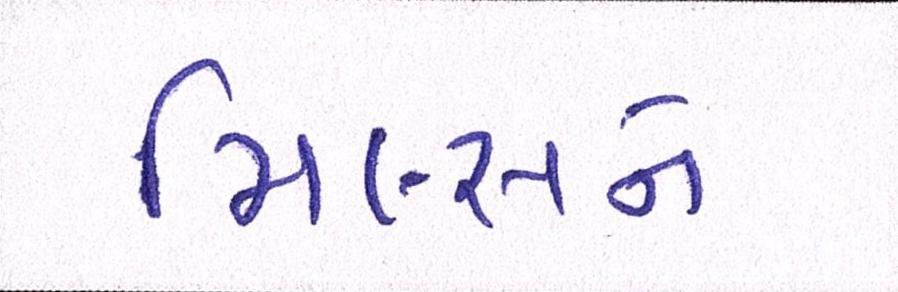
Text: મિલ્સને